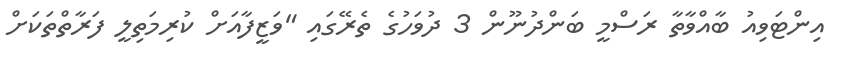
އިންޓަވިއު ބާއްވާތާ ރަސްމީ ބަންދުނޫން 3 ދުވަހުގެ ތެރޭގައި "ވަޒީފާއަށް ކުރިމަތިލީ ފަރާތްތަކަށް